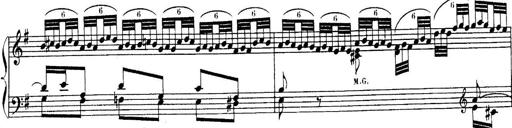
Title: Sonatina for Piano
Composer: BÃ©la BartÃ³k